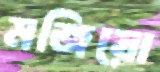
মজিয়ো